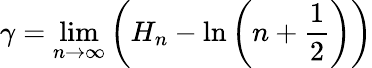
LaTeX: \gamma=\operatorname*{lim}_{n\to\infty}{\left(H_{n}-\ln\left(n+{\frac{1}{2}}\right)\right)}